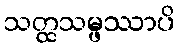
သတ္ထသမ္ဖဿာပိ